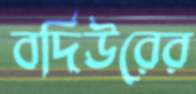
বদিউরের